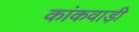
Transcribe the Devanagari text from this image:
कांकवाड़ी